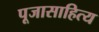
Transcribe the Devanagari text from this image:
पूजासाहित्य